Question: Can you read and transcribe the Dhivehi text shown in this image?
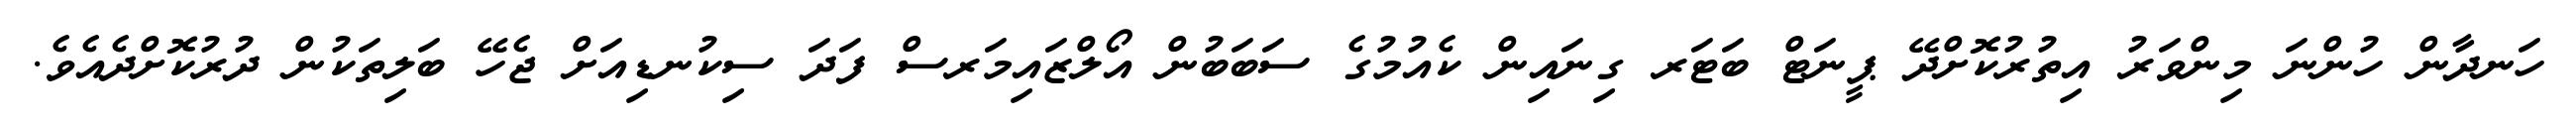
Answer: ހަނދާން ހުންނަ މިންވަރު އިތުރުކޮށްދޭ ޕީނަޓް ބަޓަރ ގިނައިން ކެއުމުގެ ސަބަބުން އޯލްޒައިމަރސް ފަދަ ސިކުނޑިއަށް ޖެހޭ ބަލިތަކުން ދުރުކޮށްދެއެވެ.